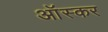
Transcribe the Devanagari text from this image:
आॅस्कर